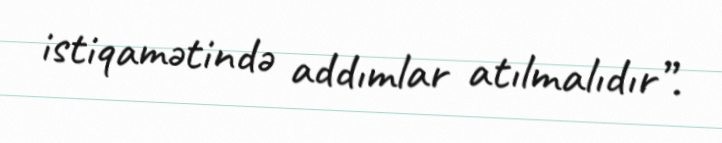
istiqamətində addımlar atılmalıdır”.